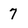
Character: 7